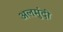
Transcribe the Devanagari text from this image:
अलमुंदी